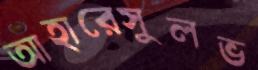
আহারেসুলভ